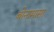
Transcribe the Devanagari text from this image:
बोनामासा